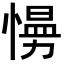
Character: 𭞙